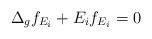
LaTeX: \begin{align*} \Delta_g f_{E_i}+ E_i f_{E_i}=0 \end{align*}